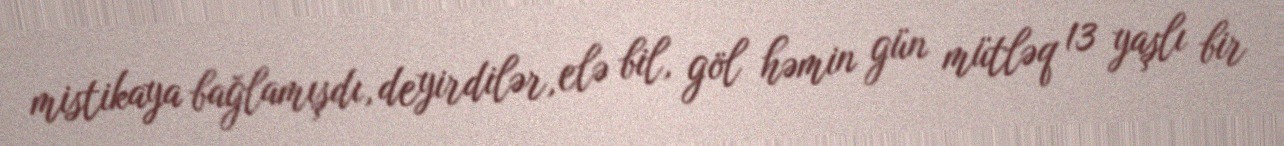
mistikaya bağlamışdı, deyirdilər, elə bil, göl həmin gün mütləq 13 yaşlı bir